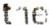
THE